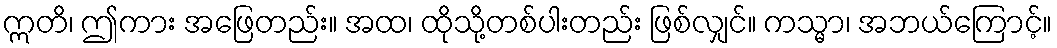
ဣတိ၊ ဤကား အဖြေတည်း။ အထ၊ ထိုသို့တစ်ပါးတည်း ဖြစ်လျှင်။ ကသ္မာ၊ အဘယ်ကြောင့်။